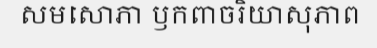
សមសោភា ឫកពាចរិយាសុភាព